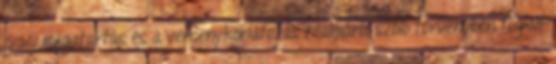
piaci magatartás és a versenykorlátozás tilalmáról szóló törvényben foglalt